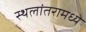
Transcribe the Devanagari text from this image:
स्थलांतरामध्ये